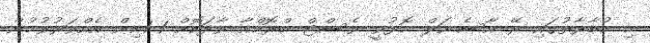
މި މުބާރާތުގައި ރޭ އާސެނަލް މޮޅުވީ ވެސްޓް ބްރޮމްއާ ވާދަކޮށް 1-1އިން އެއްވަރުވުމުން